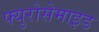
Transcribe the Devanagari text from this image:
फ्युरोसेमाइड